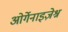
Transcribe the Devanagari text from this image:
ओर्गेनाइज़ेश्न